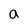
Character: a